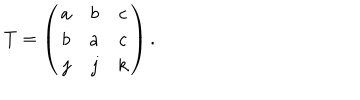
LaTeX: T = \left( \begin{array} { c c c } { { a } } & { { b } } & { { c } } \\ { { b } } & { { a } } & { { c } } \\ { { j } } & { { j } } & { { k } } \\ \end{array} \right) .